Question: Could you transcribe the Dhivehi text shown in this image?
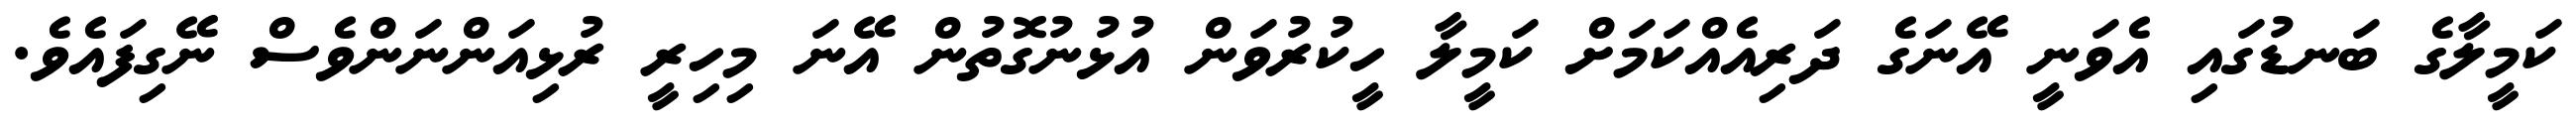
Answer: ކަމީލާގެ ބަނޑުގައި އެވަނީ އޭނަގެ ދަރިއެއްކަމަށް ކަމީލާ ހީކުރުވަން އުޅުނުގޮތުން އޭނަ މިހިރީ ރުޅިއަންނަންވެސް ނޭގިފައެވެ.